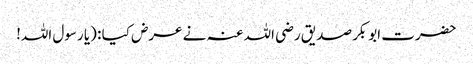
حضرت ابوبکر صدیق رضی اللہ عنہ نے عرض کیا : (یا رسول اللہ!